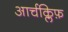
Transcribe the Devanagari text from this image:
आर्चक्लिफ़